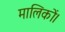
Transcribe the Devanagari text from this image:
मालिकों।